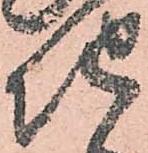
地